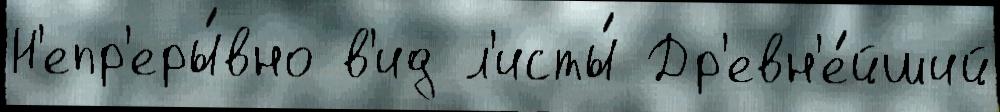
Н'епр'еры́вно в'ид л'исты́ Др'евн'е́йший